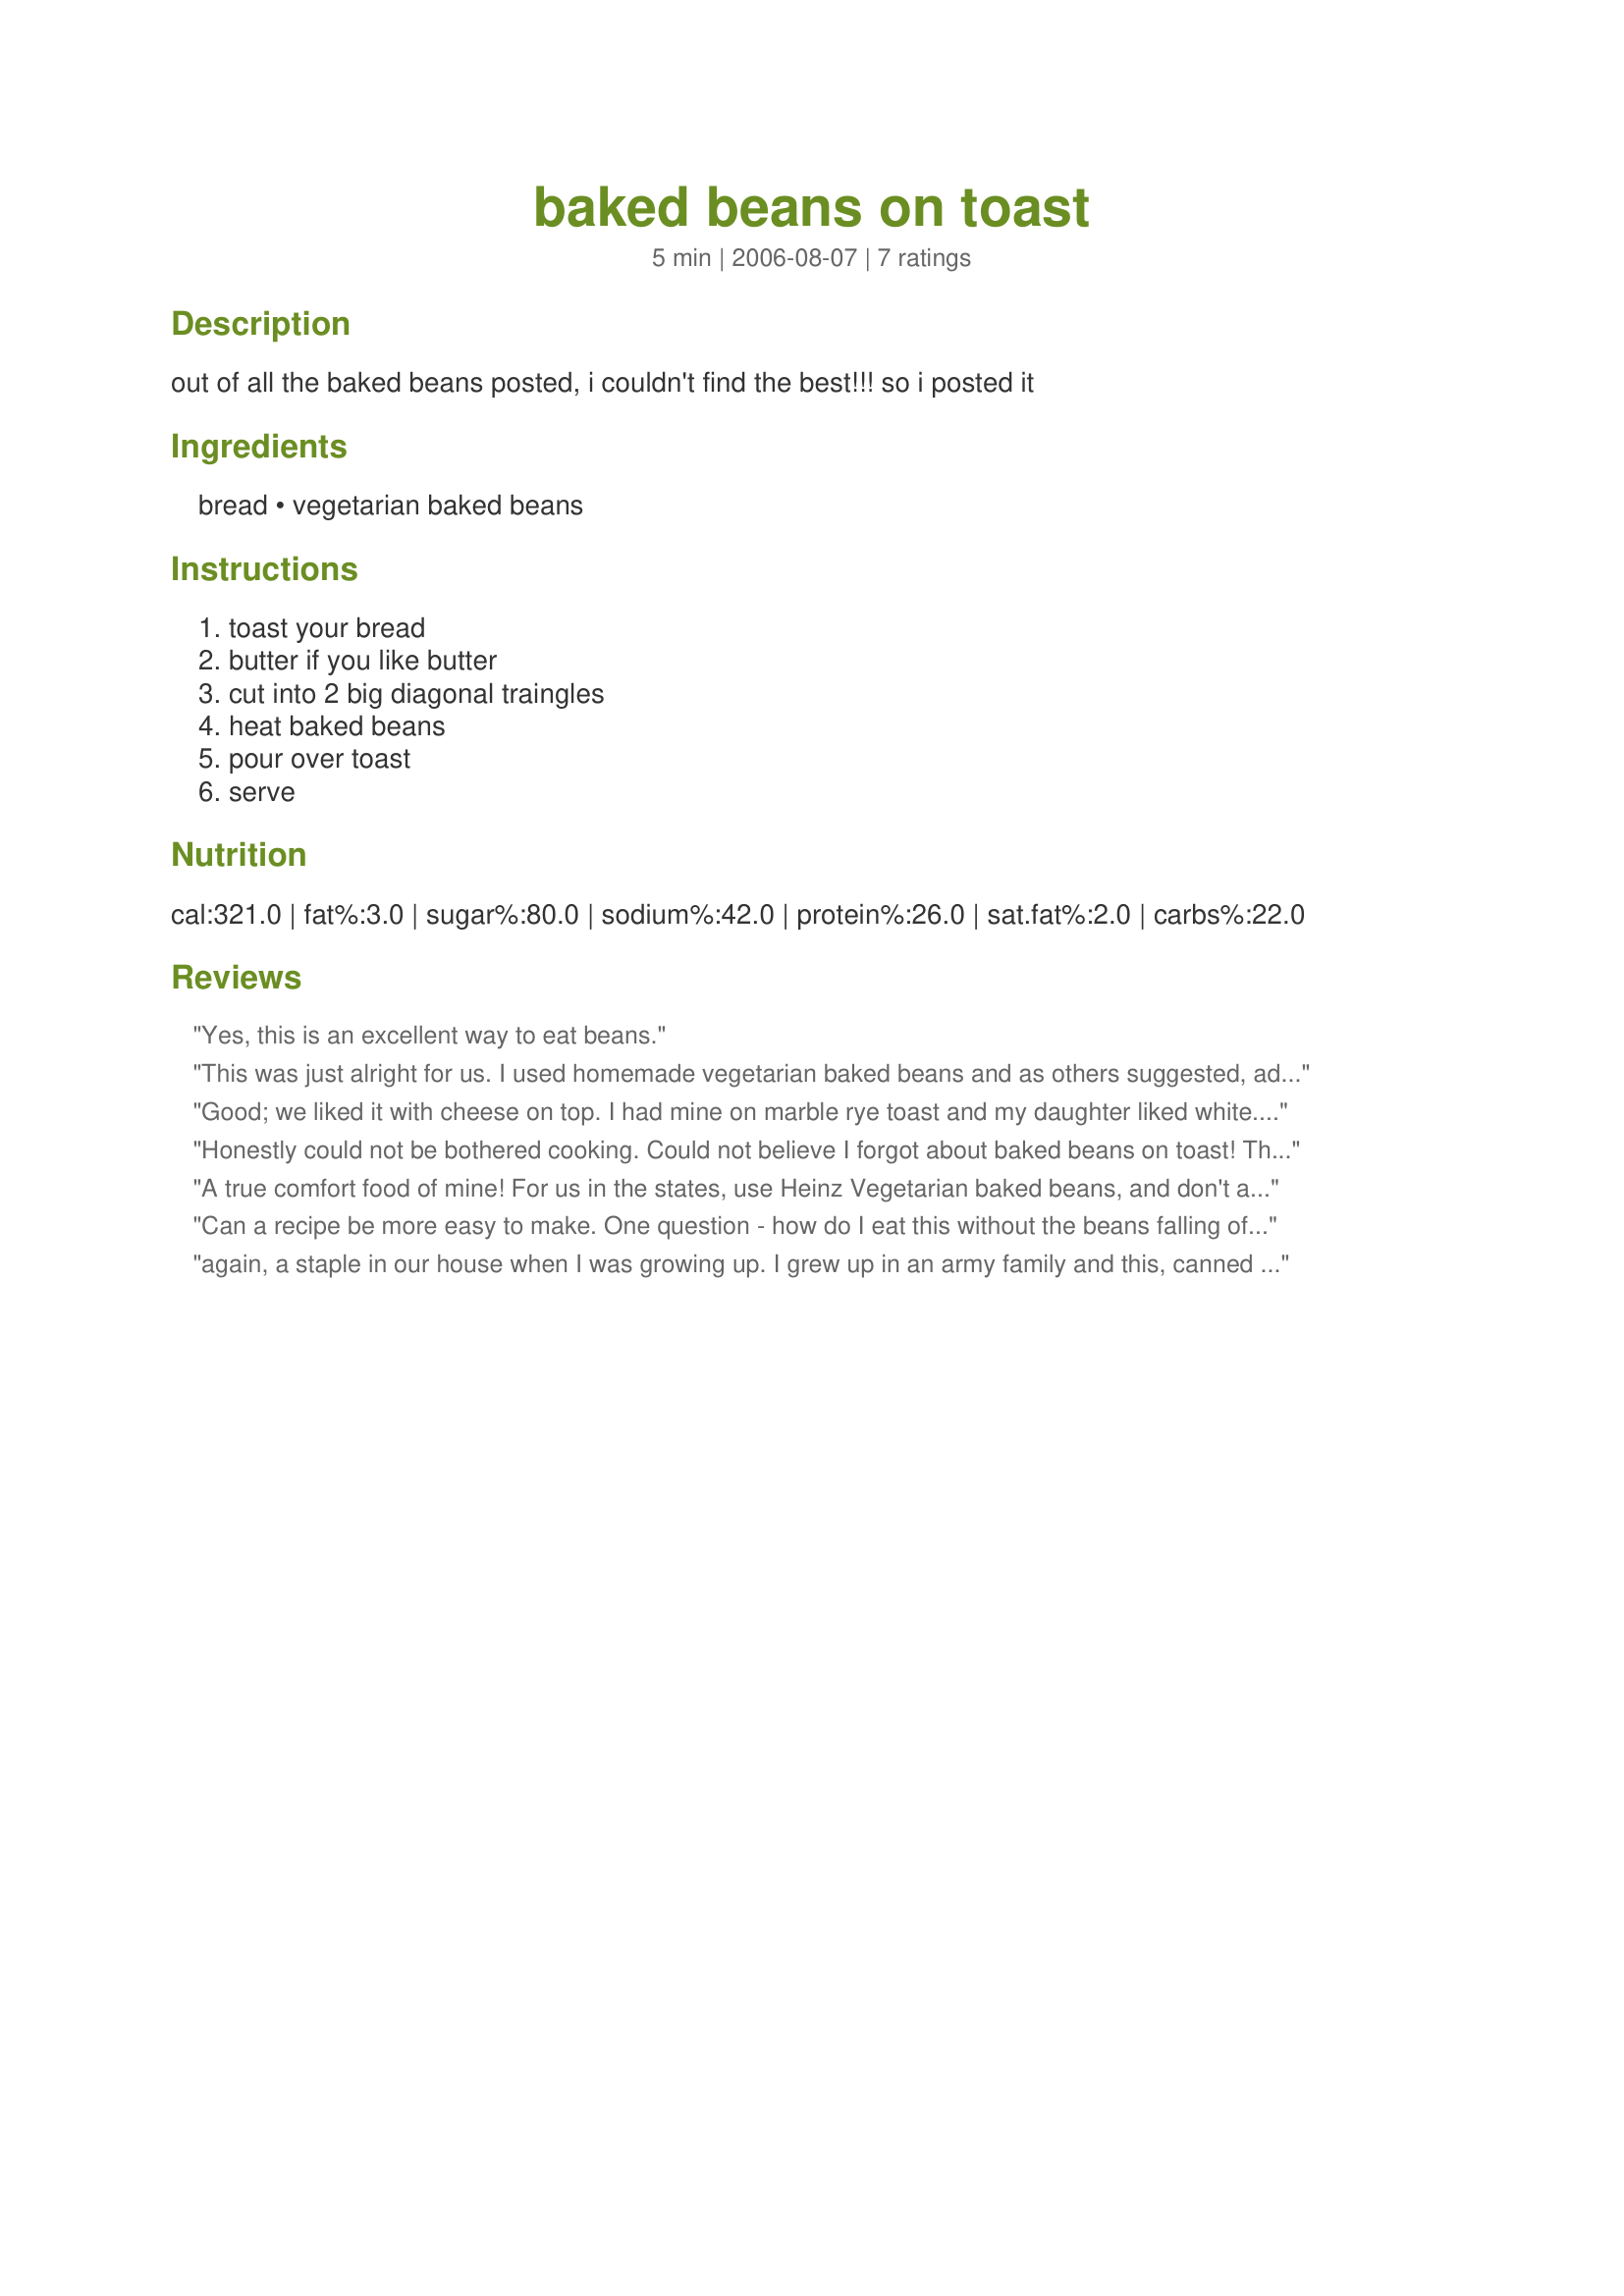
baked beans on toast
Preparation time: 5 minutes

out of all the baked beans posted, i couldn't find the best!!! so i posted it

Ingredients:
bread, vegetarian baked beans

Steps:
toast your bread, butter if you like butter, cut into 2 big diagonal traingles, heat baked beans, pour over toast, serve

Reviews:
Yes, this is an excellent way to eat beans.
This was just alright for us. I used homemade vegetarian baked beans and as others suggested, added an easy over egg. It was a mighty filling breakfast. Glad I tried it. Thank you.
Good; we liked it with cheese on top. I had mine on marble rye toast and my daughter liked white. I also made it with egg on top which was very good as well. Thanks for posting this simply lunch alt.
Honestly could not be bothered cooking. Could not believe I forgot about baked beans on toast! Thank you for reminding me and bringing back an old fav - The only change I made is adding a fried egg.
Thanks Perfect Pixie!
A true comfort food of mine! For us in the states, use Heinz Vegetarian baked beans, and don't add anything to them! A couple fried eggs with soft yolks, knife and fork and YUM! Thanks for posting Pixie!
Can a recipe be more easy to make. One question - how do I eat this without the beans falling off? That's the only reason I gave it 4 in stead of 5. It's messy. Unless - I'm supposed to use a knife and fork? Maybe that could be included in the directions? Otherwise - clever and tasty idea!
again, a staple in our house when I was growing up. I grew up in an army family and this, canned spaghetti on toast, and scrambled eggs on toast were weekly dinners.
